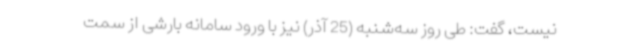
نیست، گفت: طی روز سه‌شنبه (25 آذر) نیز با ورود سامانه بارشی از سمت